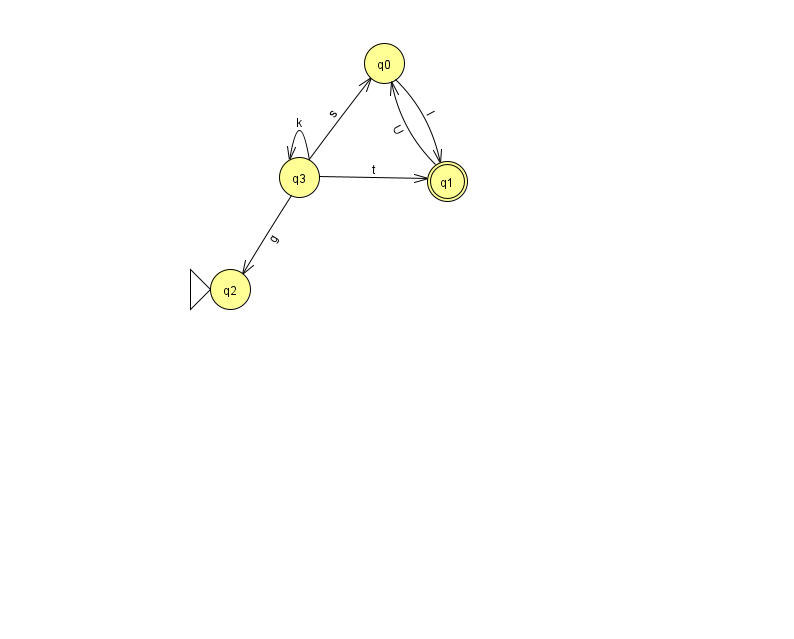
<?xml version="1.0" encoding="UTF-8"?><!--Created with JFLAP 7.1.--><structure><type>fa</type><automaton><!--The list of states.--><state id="0" name="q0"><x>384.0</x><y>50.0</y></state><state id="1" name="q1"><x>447.0</x><y>168.0</y><final/></state><state id="2" name="q2"><x>230.0</x><y>276.0</y><initial/></state><state id="3" name="q3"><x>299.0</x><y>164.0</y></state><!--The list of transitions.--><transition><from>1</from><to>0</to><read>U</read></transition><transition><from>3</from><to>2</to><read>g</read></transition><transition><from>3</from><to>3</to><read>k</read></transition><transition><from>3</from><to>1</to><read>t</read></transition><transition><from>0</from><to>1</to><read>I</read></transition><transition><from>3</from><to>0</to><read>s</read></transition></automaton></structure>